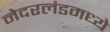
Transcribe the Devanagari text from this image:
नेदरलंडमध्ये